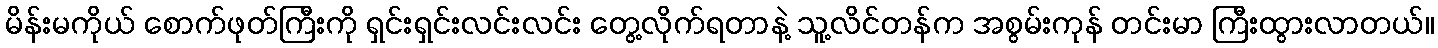
မိန်းမကိုယ် စောက်ဖုတ်ကြီးကို ရှင်းရှင်းလင်းလင်း တွေ့လိုက်ရတာနဲ့ သူ့လိင်တန်က အစွမ်းကုန် တင်းမာ ကြီးထွားလာတယ်။